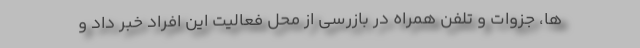
ها، جزوات و تلفن همراه در بازرسی از محل فعالیت این افراد خبر داد و